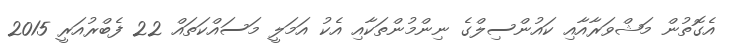
އެގޮތުން މަޝްވަރާއާއި ކައުންސިލްގެ ނިންމުންތަކާއި އެކު އަމަލީ މަސައްކަތައް 22 ފެބްރުއަރީ 2015